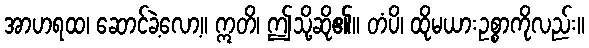
အာဟရထ၊ ဆောင်ခဲ့လော့။ ဣတိ၊ ဤသို့ဆို၏။ တံပိ၊ ထိုမယားဥစ္စာကိုလည်း။